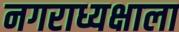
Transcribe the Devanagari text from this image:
नगराध्यक्षाला